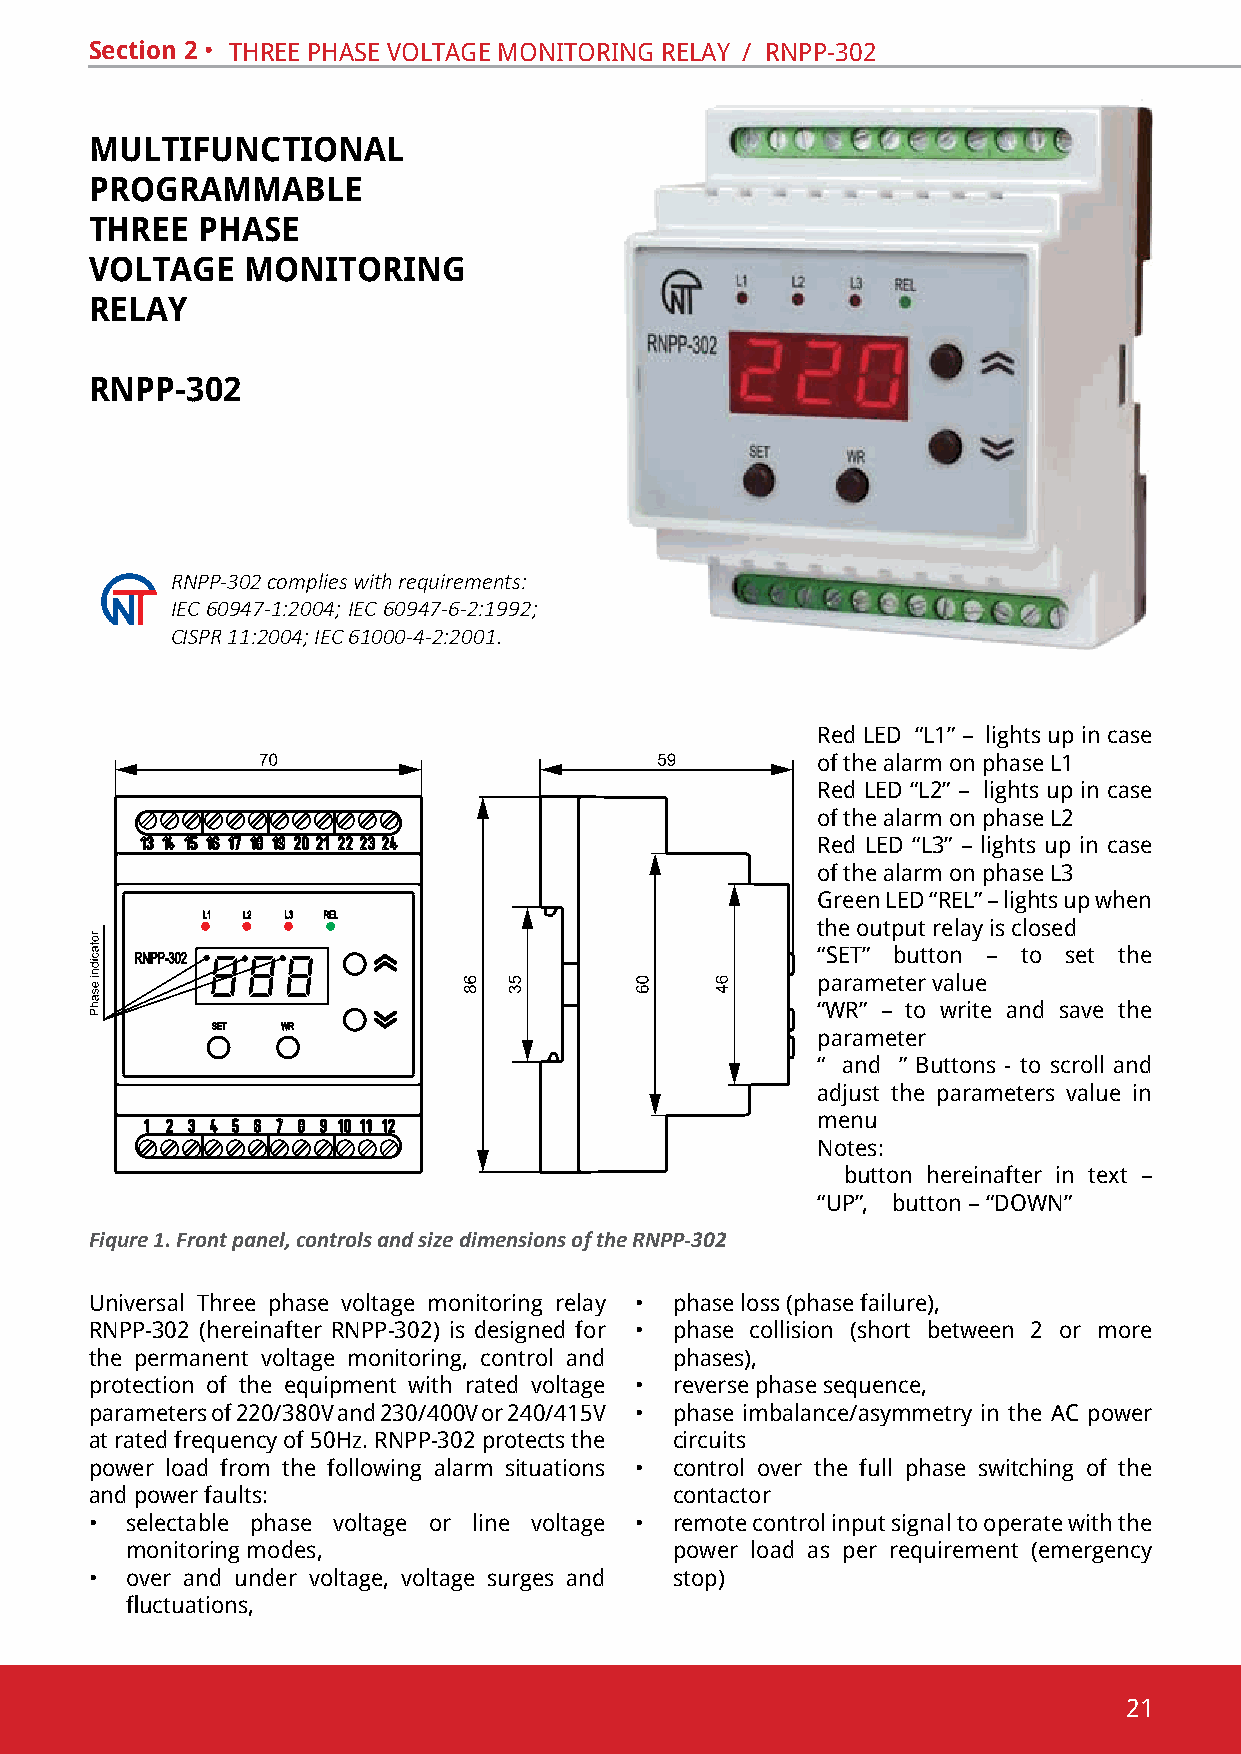
Section 2 • thRee phase voltaGe monitoRinG RelaY / Rnpp-302
 MULTIFUNCTIONAL
 PROGRAMMABLE
 THREE  PHASE
 VOLTAGE   MONITORING
 RELAY
 RNPP-302
 RNPP-302 complies with requirements:
 IEC 60947-1:2004; ІEC 60947-6-2:1992;
 CISPR 11:2004; IEC 61000-4-2:2001.
 Red led “l1” – lights up in case
 of the alarm on phase l1
 Red led “l2” – lights up in case
 of the alarm on phase l2
 Red led “l3” – lights up in case
 of the alarm on phase l3
 Green led “Rel” – lights up when
 the output relay is closed
 “set” button – to set the
 parameter value
 “WR” – to write and save the
 parameter
 “ and ” buttons - to scroll and
 adjust the parameters value in
 menu
 notes:
 button hereinafter in text –
 “up”, button – “doWn”
 Fiqure 1. Front panel, controls and size dimensions of the RNPP-302
 universal three phase voltage monitoring relay • phase loss (phase failure),
 Rnpp-302 (hereinafter Rnpp-302) is designed for • phase collision (short between 2 or more
 the permanent voltage monitoring, control and phases),
 protection of the equipment with rated voltage • reverse phase sequence,
 parameters of 220/380v and 230/400v or 240/415v • phase imbalance/asymmetry in the ac power
 at rated frequency of 50hz. Rnpp-302 protects the circuits
 power load from the following alarm situations • control over the full phase switching of the
 and power faults:                      contactor
 • selectable phase voltage or line voltage • remote control input signal to operate with the
 monitoring modes,                    power load as per requirement (emergency
 • over and under voltage, voltage surges and stop)
 fluctuations,
 21